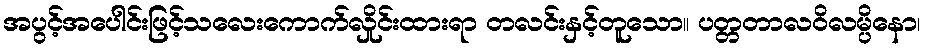
အပွင့်အပေါင်းဖြင့်သလေးကောက်လှိုင်းထားရာ တလင်းနှင့်တူသော။ ပတ္တတာလဝိလမ္ပိနော၊